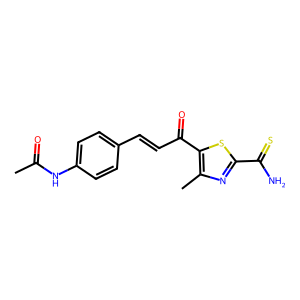
SMILES: CC(=O)Nc1ccc(C=CC(=O)c2sc(C(N)=S)nc2C)cc1
Inhibits HIV replication: No